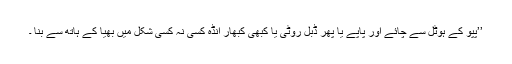
’’پپو کے ہوٹل سے چائے اور پاپے یا پھر ڈبل روٹی یا کبھی کبھار انڈہ کسی نہ کسی شکل میں بھیا کے ہاتھ سے بنا ۔